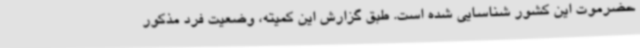
حضرموت این کشور شناسایی شده است. طبق گزارش این کمیته، وضعیت فرد مذکور